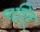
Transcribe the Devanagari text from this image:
पट्टित्